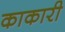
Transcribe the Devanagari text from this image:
काकारी